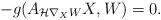
LaTeX: \begin{align*}-g(A_{\mathcal{H} \nabla_X W} X, W)=0.\end{align*}